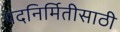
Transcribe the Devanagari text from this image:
पदनिर्मितीसाठी